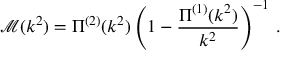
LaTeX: \mathcal { M } ( k ^ { 2 } ) = \Pi ^ { ( 2 ) } ( k ^ { 2 } ) \left( 1 - \frac { \Pi ^ { ( 1 ) } ( k ^ { 2 } ) } { k ^ { 2 } } \right) ^ { - 1 } \, .